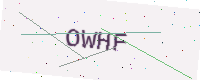
Text: OWHF